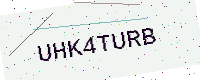
Text: UHK4TURB